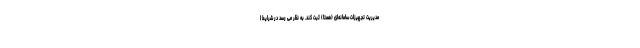
مدیریت تجهیزات سامانه‌ای (همتا) ثبت کند. به نظر می رسد در شرایط ا